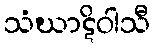
သံဃာဋိဝါသီ